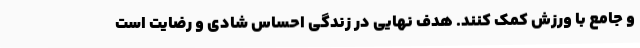
و جامع با ورزش کمک کنند. هدف نهایی در زندگی احساس شادی و رضایت است